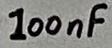
Text: 100nF